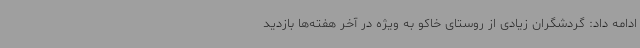
ادامه داد: گردشگران زیادی از روستای خاکو به ویژه در آخر هفته‌ها بازدید